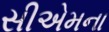
સીએમના